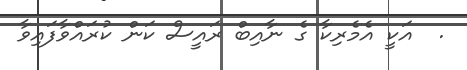
.  އަކީ އެމެރިކާ ގެ ނާއިބް ރައީސް ކަން ކުރައްވާފައިވާ